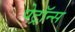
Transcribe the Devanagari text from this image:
पेट्रॉन्स